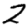
Digit: 2